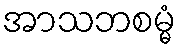
အာသဘစမ္မံ